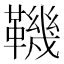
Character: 鞿